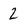
Character: 2